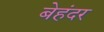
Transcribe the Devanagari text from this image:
बेहंदर